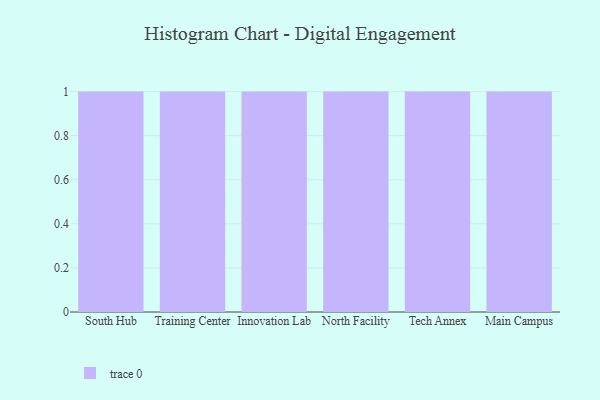
{"axis": {"x": "Campus", "y": "Budget (USD K)"}, "legend": [""], "data": [{"x": "South Hub", "y": 13, "type": ""}, {"x": "Training Center", "y": 20, "type": ""}, {"x": "Innovation Lab", "y": 49, "type": ""}, {"x": "North Facility", "y": 47, "type": ""}, {"x": "Tech Annex", "y": 76, "type": ""}, {"x": "Main Campus", "y": 13, "type": ""}]}